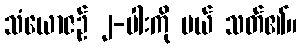
သံယောဇဉ် ၂-ပါးကို ပယ် သတ်၏။